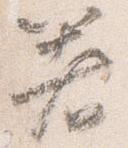
箸